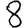
Digit: 8